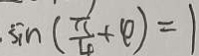
\sin ( \frac { \pi } { 4 } + \varphi ) = 1